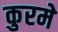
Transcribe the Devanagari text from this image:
कुरमे